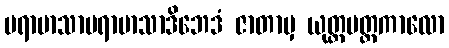
ပရာမာသာပရာမာသာဒိဘေဒံ ဇာတာမှ ယုတ္တပတ္တကာလော